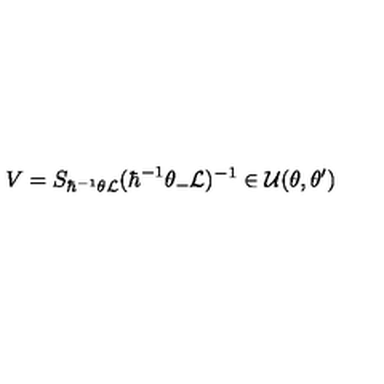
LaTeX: V = S _ { \hbar ^ { - 1 } \theta { \cal L } } ( \hbar ^ { - 1 } \theta _ { - } { \cal L } ) ^ { - 1 } \in { \cal U } ( \theta , \theta ^ { \prime } )